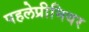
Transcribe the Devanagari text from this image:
पहलेप्रीमियर